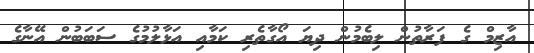
އާޒިމް ގެ ފަރާތުން ލިބެމުން ދިޔަ އޯގާތެރި ކަމާއި އަޅާލުމުގެ ސަބަބުން އޭނާގެ